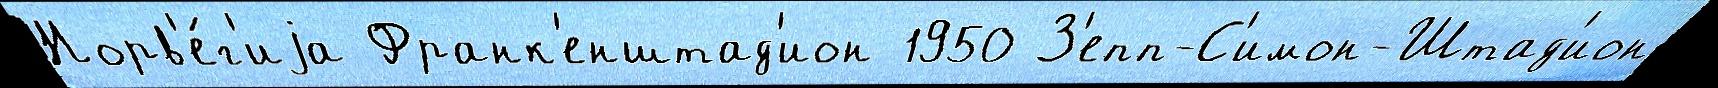
Норв'е́г'иjа Франк'енштад'ион 1950 З'епп-С'имон-Штад'ион